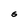
Character: S